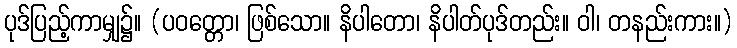
ပုဒ်ပြည့်ကာမျှ၌။ (ပဝတ္တော၊ ဖြစ်သော။ နိပါတော၊ နိပါတ်ပုဒ်တည်း။ ဝါ၊ တနည်းကား။)